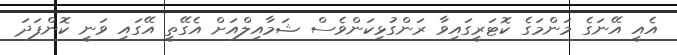
އެއީ އޭނަގެ މަންމަގެ ކޮޓަރީގައިވާ ރަންގުޅިކަންވެސް ޝަމާއިލްއަށް އެގޭތީ އޭގައި ވަނީ ކޮންފަދަ